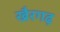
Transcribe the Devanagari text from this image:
खैरगढ़